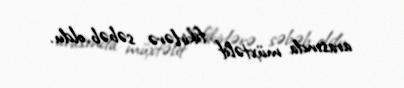
arasında müxtəlif fikirlərə səbəb oldu.